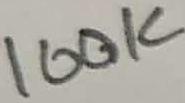
Text: 100K